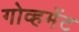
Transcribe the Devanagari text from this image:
गोव्हमेंट